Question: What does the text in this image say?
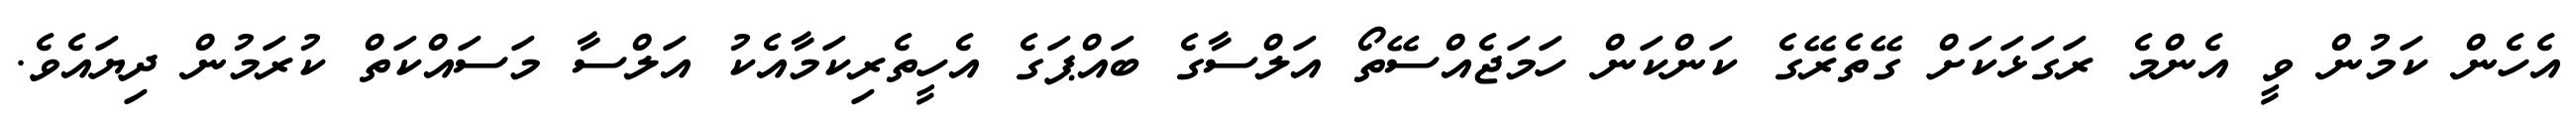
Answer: އެހެން ކަމުން ވީ އެންމެ ރަގަޅަކަށް ގޭތެރޭގެ ކަންކަން ހަމަޖެއްސޭތޯ އަލްސާގެ ބައްޕަގެ އެހީތެރިކަމާއެކު އަލްސާ މަސައްކަތް ކުރަމުން ދިޔައެވެ.